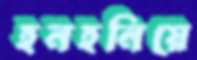
হনহনিয়ে